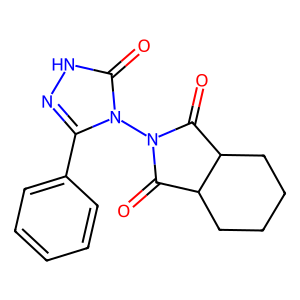
SMILES: O=C1C2CCCCC2C(=O)N1n1c(-c2ccccc2)n[nH]c1=O
Inhibits HIV replication: No